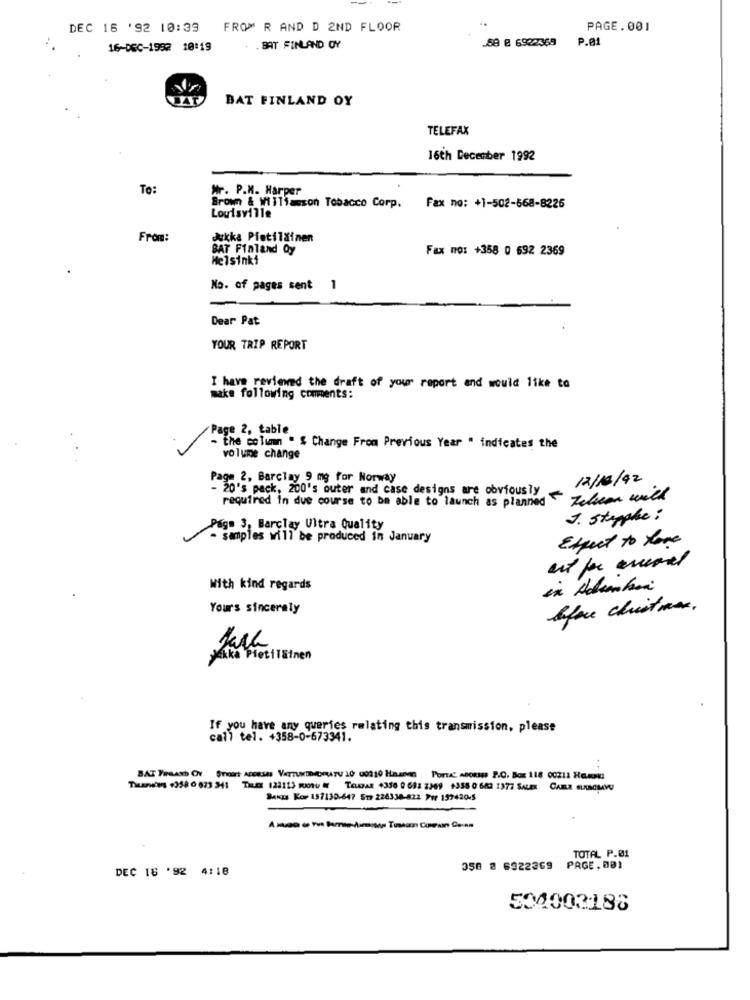
DEC 16 '92 10:39
FROM R AND D 2ND FLOOR
PAGE.001
P.01
16-050-1992 10:19
. BAT FINLAND OY
-58 8 6922368 P
BAT FINLAND OY
TELEFAX
16th December 1992
To:
Mr. P.M. Harper
Brown & Williamson Tobacco Corp.
Fax no: +1-502-568-8226
Louisville
From:
Jukka Pietiläinen
BAT Finland Oy
Fax no: +358 0 692 2369
Helsinki
No. of pages sent 1
Dear Pat
YOUR TRIP REPORT
I have reviewed the draft of your report and would like to
make following comments:
Page 2, table
- the column . & Change From Previous Year " indicates the
volume change
Page 2, Barclay 9 mg for Norway
12/13/42
- 20's pack, 200's outer and case designs are obviously
required in due course to be able to launch as planned
Felson will
J. stopphe :
Page 3, Barclay Ultra Quality
- samples will be produced in January
Expect to those
With kind regards
in Adubai
Yours sincerely
before christmas.
Pekka Pietiläinen
If you have any queries relating this transmission, please
call tel. +358-0-673341.
BAT Fireash Ov Suoirt ACCESS VATTUMDIMEHRRATU 10 00210 Hazes POTTA" AGORIES P.O. Box 118 00211 HERMG
Titanicmg +358 0 673 341 THEE 122113 Ru # TOLATAE 4336 0 698 2369 1358 0 683 1377 SALER CAMLE EUWACIMAVU
BAKza Kor 157130-647 517 226338-822 Pir 197420-5
TOTAL P.01
DEC 18 '92 4:18
358 @ 6922369
PAGE , 001
504002188